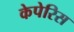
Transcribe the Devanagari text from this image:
केपेरिस